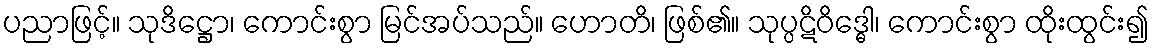
ပညာဖြင့်။ သုဒိဋ္ဌော၊ ကောင်းစွာ မြင်အပ်သည်။ ဟောတိ၊ ဖြစ်၏။ သုပ္ပဋိဝိဒ္ဓေါ၊ ကောင်းစွာ ထိုးထွင်း၍